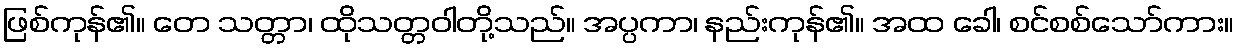
ဖြစ်ကုန်၏။ တေ သတ္တာ၊ ထိုသတ္တဝါတို့သည်။ အပ္ပကာ၊ နည်းကုန်၏။ အထ ခေါ၊ စင်စစ်သော်ကား။